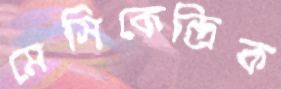
মেসিকেন্দ্রিক